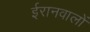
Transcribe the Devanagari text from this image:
ईरानवालों